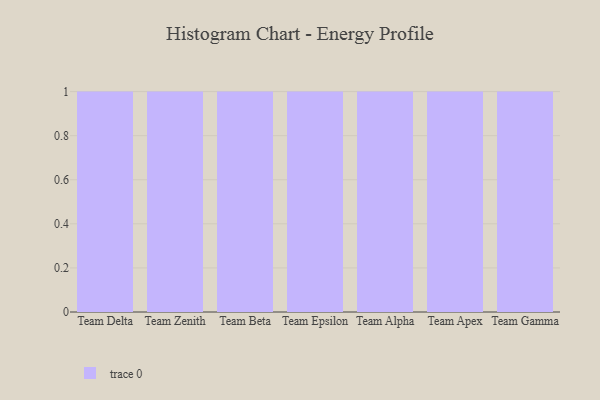
{"axis": {"x": "Team", "y": "Headcount"}, "legend": [""], "data": [{"x": "Team Delta", "y": 61, "type": ""}, {"x": "Team Zenith", "y": 50, "type": ""}, {"x": "Team Beta", "y": 36, "type": ""}, {"x": "Team Epsilon", "y": 86, "type": ""}, {"x": "Team Alpha", "y": 48, "type": ""}, {"x": "Team Apex", "y": 68, "type": ""}, {"x": "Team Gamma", "y": 28, "type": ""}]}